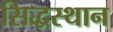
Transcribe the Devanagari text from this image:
सिद्धस्थान